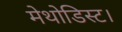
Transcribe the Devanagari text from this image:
मेथोडिस्ट।